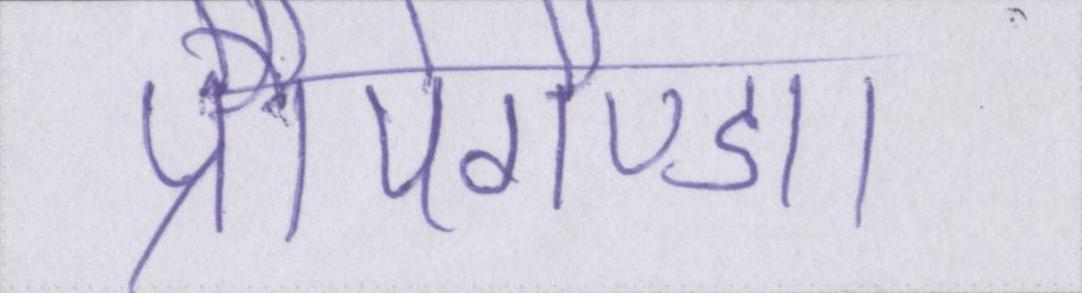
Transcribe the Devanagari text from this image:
प्रौपेगैण्डा।